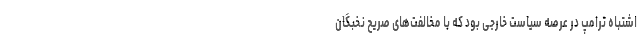
اشتباه ترامپ در عرصه سیاست خارجی بود که با مخالفت‌­های صریح نخبگان